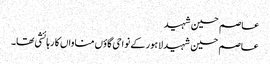
عاصم حسین شہید
عاصم حسین شہید لاہور کے نواحی گاؤں مناواں کا رہائشی تھا۔